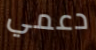
دعمي